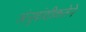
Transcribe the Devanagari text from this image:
अंनुवांशीकतेने